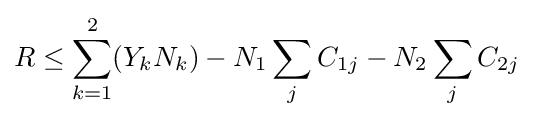
R\leq \sum _{k=1}^{2}(Y_{k}N_{k})-N_{1}\sum _{j}C_{1j}-N_{2}\sum _{j}C_{2j}\;